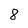
Character: 8